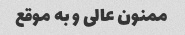
ممنون عالی و به موقع